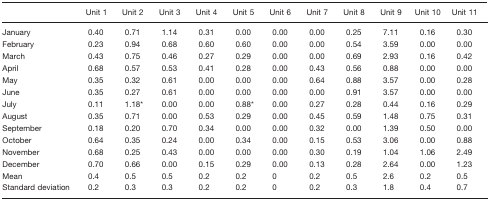
<table><thead><tr><td></td><td><b>Unit 1</b></td><td><b>Unit 2</b></td><td><b>Unit 3</b></td><td><b>Unit 4</b></td><td><b>Unit 5</b></td><td><b>Unit 6</b></td><td><b>Unit 7</b></td><td><b>Unit 8</b></td><td><b>Unit 9</b></td><td><b>Unit 10</b></td><td><b>Unit 11</b></td></tr></thead><tbody><tr><td>January</td><td>0.40</td><td>0.71</td><td>1.14</td><td>0.31</td><td>0.00</td><td>0.00</td><td>0.00</td><td>0.25</td><td>7.11</td><td>0.16</td><td>0.30</td></tr><tr><td>February</td><td>0.23</td><td>0.94</td><td>0.68</td><td>0.60</td><td>0.60</td><td>0.00</td><td>0.00</td><td>0.54</td><td>3.59</td><td>0.00</td><td>0.00</td></tr><tr><td>March</td><td>0.43</td><td>0.75</td><td>0.46</td><td>0.27</td><td>0.29</td><td>0.00</td><td>0.00</td><td>0.69</td><td>2.93</td><td>0.16</td><td>0.42</td></tr><tr><td>April</td><td>0.68</td><td>0.57</td><td>0.53</td><td>0.41</td><td>0.28</td><td>0.00</td><td>0.43</td><td>0.56</td><td>0.88</td><td>0.00</td><td>0.00</td></tr><tr><td>May</td><td>0.35</td><td>0.32</td><td>0.61</td><td>0.00</td><td>0.00</td><td>0.00</td><td>0.64</td><td>0.88</td><td>3.57</td><td>0.00</td><td>0.28</td></tr><tr><td>June</td><td>0.35</td><td>0.27</td><td>0.61</td><td>0.00</td><td>0.00</td><td>0.00</td><td>0.00</td><td>0.91</td><td>3.57</td><td>0.00</td><td>0.00</td></tr><tr><td>July</td><td>0.11</td><td>1.18*</td><td>0.00</td><td>0.00</td><td>0.88*</td><td>0.00</td><td>0.27</td><td>0.28</td><td>0.44</td><td>0.16</td><td>0.29</td></tr><tr><td>August</td><td>0.35</td><td>0.71</td><td>0.00</td><td>0.53</td><td>0.29</td><td>0.00</td><td>0.45</td><td>0.59</td><td>1.48</td><td>0.75</td><td>0.31</td></tr><tr><td>September</td><td>0.18</td><td>0.20</td><td>0.70</td><td>0.34</td><td>0.00</td><td>0.00</td><td>0.32</td><td>0.00</td><td>1.39</td><td>0.50</td><td>0.00</td></tr><tr><td>October</td><td>0.64</td><td>0.35</td><td>0.24</td><td>0.00</td><td>0.34</td><td>0.00</td><td>0.15</td><td>0.53</td><td>3.06</td><td>0.00</td><td>0.88</td></tr><tr><td>November</td><td>0.68</td><td>0.25</td><td>0.43</td><td>0.00</td><td>0.00</td><td>0.00</td><td>0.30</td><td>0.19</td><td>1.04</td><td>1.06</td><td>2.49</td></tr><tr><td>December</td><td>0.70</td><td>0.66</td><td>0.00</td><td>0.15</td><td>0.29</td><td>0.00</td><td>0.13</td><td>0.28</td><td>2.64</td><td>0.00</td><td>1.23</td></tr><tr><td>Mean</td><td>0.4</td><td>0.5</td><td>0.5</td><td>0.2</td><td>0.2</td><td>0</td><td>0.2</td><td>0.5</td><td>2.6</td><td>0.2</td><td>0.5</td></tr><tr><td>Standard deviation</td><td>0.2</td><td>0.3</td><td>0.3</td><td>0.2</td><td>0.2</td><td>0</td><td>0.2</td><td>0.3</td><td>1.8</td><td>0.4</td><td>0.7</td></tr></tbody></table>